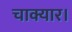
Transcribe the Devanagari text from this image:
चाक्यार।